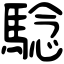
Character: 騐